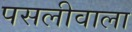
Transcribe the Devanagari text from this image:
पसलीवाला